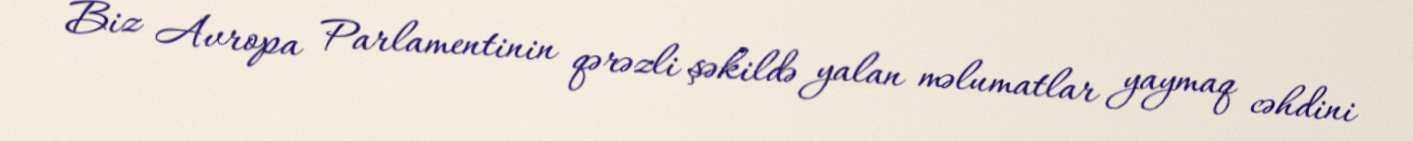
Biz Avropa Parlamentinin qərəzli şəkildə yalan məlumatlar yaymaq cəhdini